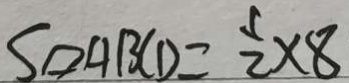
S \vert \vert o g r a m A B C D = \frac { 1 } { 2 } \times 8